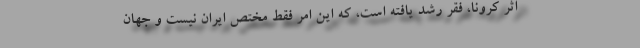
اثر کرونا، فقر رشد یافته است، که این امر فقط مختص ایران نیست و جهان